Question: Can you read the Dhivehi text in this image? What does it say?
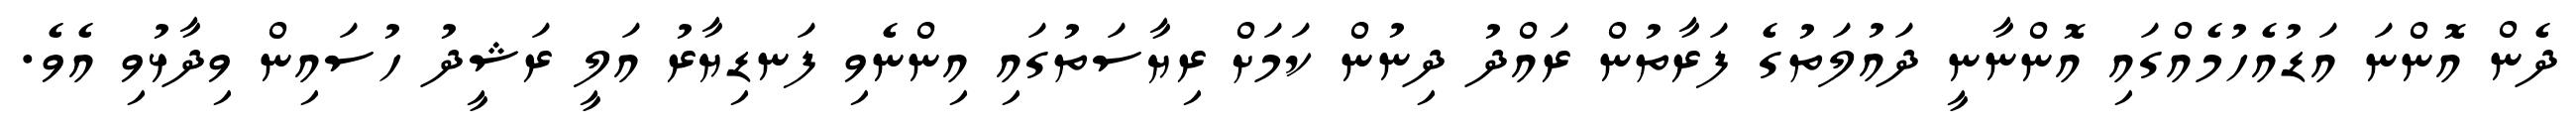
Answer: ދެން އޮންނަ އަޑުއެހުމެއްގައި އޮންނާނީ ދައުލަތުގެ ފަރާތުން ރައްދު ދިނުން ކަމަށް ރިޔާސަތުގައި އިންނެވި ފަނޑިޔާރު އަލީ ރަޝީދު ހުސައިން ވިދާޅުވި އެވެ.